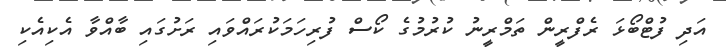
އަދި ފުޓްބޯޅަ ރެފްރީން ތަމްރީނު ކުރުމުގެ ކޯސް ފުރިހަމަކުރައްވައި ރަށުގައި ބާއްވާ އެކިއެކި